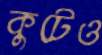
কুটেও